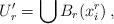
LaTeX: \begin{align*}U'_r = \bigcup B_{r}(x^r_i)\, ,\end{align*}